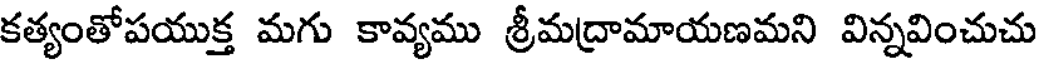
కత్యంతోపయుక్త మగు కావ్యము శ్రీమద్రామాయణమని విన్నవించుచు